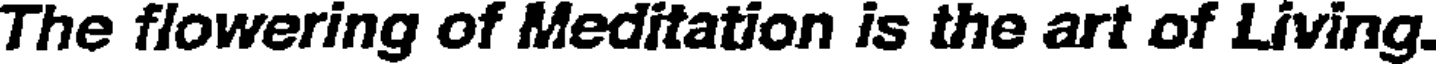
The flowering of Meditation is the art of Living.